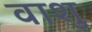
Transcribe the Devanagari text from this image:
वाशु